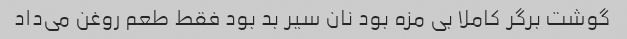
گوشت برگر کاملا بی مزه بود نان سیر بد بود فقط طعم روغن می‌داد